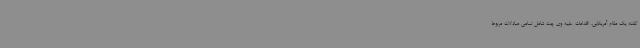
گفته یک مقام آمریکایی، اقدامات علیه وی چت شامل تمامی مبادلات مربوط